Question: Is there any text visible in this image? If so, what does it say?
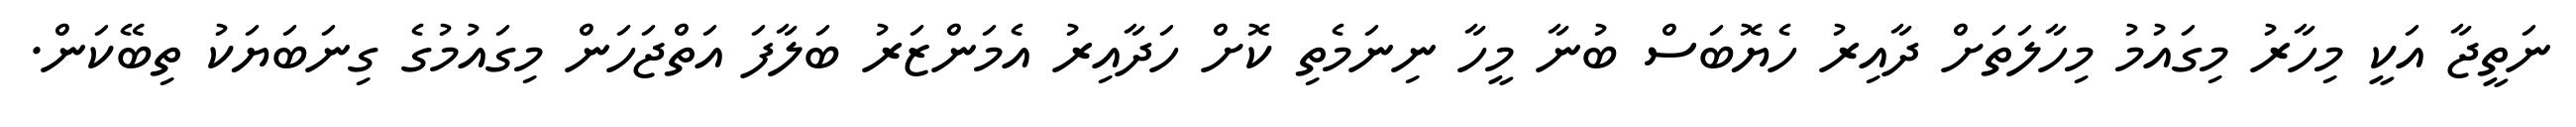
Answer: ނަތީޖާ އަކީ މިހާރު މިގައުމު މިހާލަތަށް ދާއިރު ހެޔޮބަސް ބުނާ މީހާ ނިނަމެތި ކޮށް ހަދާއިރު އެމަންޒަރު ބަލާފަ އަތްޖަހަން މިގައުމުގެ ގިނަބަޔަކު ތިބޭކަން.